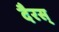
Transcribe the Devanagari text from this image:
दैरस्